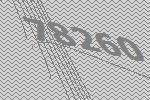
78260